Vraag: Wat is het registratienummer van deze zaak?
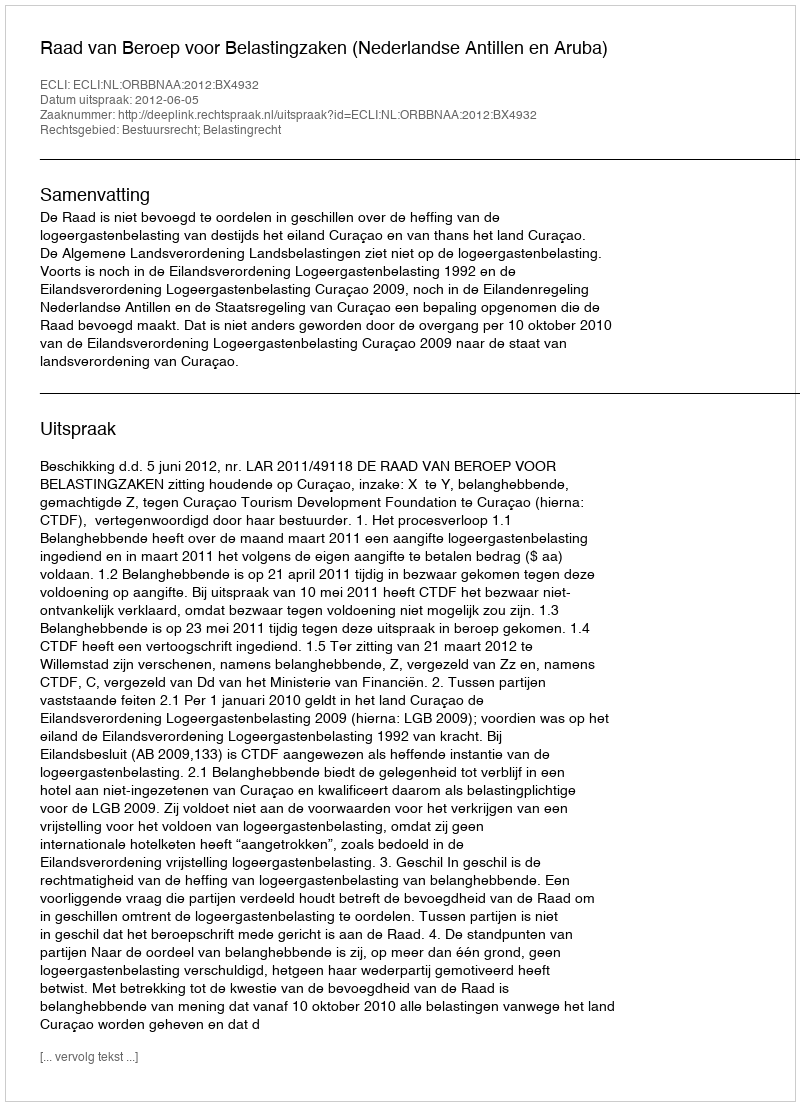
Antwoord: http://deeplink.rechtspraak.nl/uitspraak?id=ECLI:NL:ORBBNAA:2012:BX4932